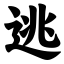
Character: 逃